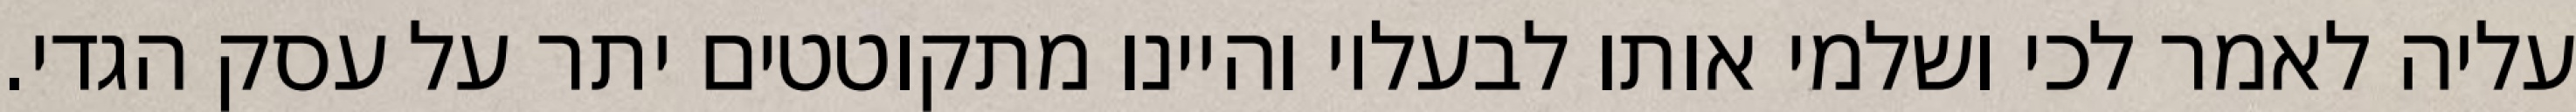
עליה לאמר לכי ושלמי אותו לבעליו והיינו מתקוטטים יתר על עסק הגדי.